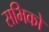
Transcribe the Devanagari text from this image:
सभिको